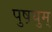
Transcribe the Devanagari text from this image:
पुष़युम्